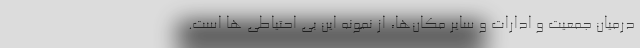
درمیان جمعیت و ادارات و سایر مکان‌ها، از نمونه این بی احتیاطی ها است.